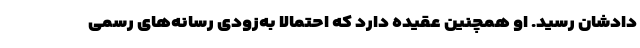
دادشان رسید. او همچنین عقیده دارد که احتمالا به‌زودی رسانه‌های رسمی